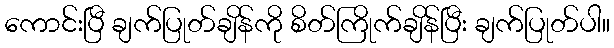
ကောင်းပြီ ချက်ပြုတ်ချိန်ကို စိတ်ကြိုက်ချိန်ပြီး ချက်ပြုတ်ပါ။